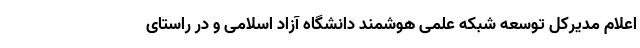
اعلام مدیرکل توسعه شبکه علمی هوشمند دانشگاه آزاد اسلامی و در راستای